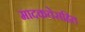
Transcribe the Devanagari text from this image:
मादकतेसहित